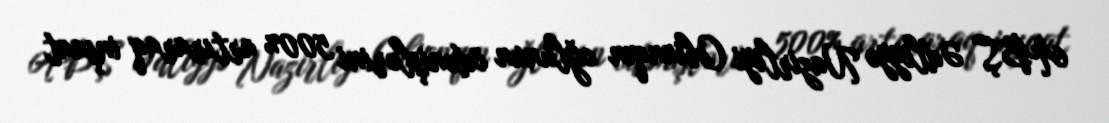
ABŞ Ədliyyə Nazirliyi Obianqın oğlunun ödənişlərini 500% artıraraq inşaat